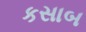
કસાબ